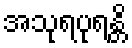
အသုရပုရန္တိ